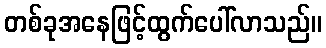
တစ်ခုအနေဖြင့်ထွက်ပေါ်လာသည်။